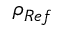
\rho _ { R e f } \,